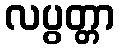
လပွတ္တာ